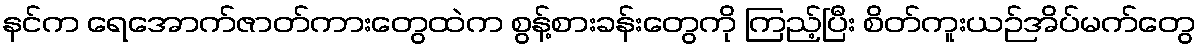
နင်က ရေအောက်ဇာတ်ကားတွေထဲက စွန့်စားခန်းတွေကို ကြည့်ပြီး စိတ်ကူးယဉ်အိပ်မက်တွေ